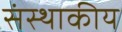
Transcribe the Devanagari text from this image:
संस्थाकीय